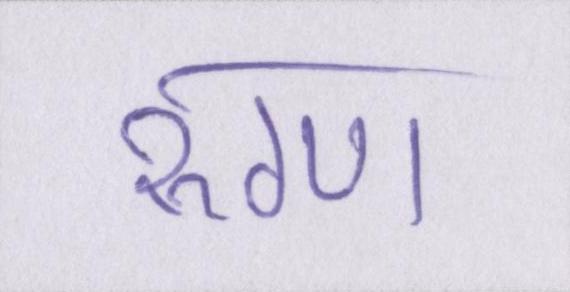
रुग्ण